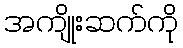
အကျိုးဆက်ကို